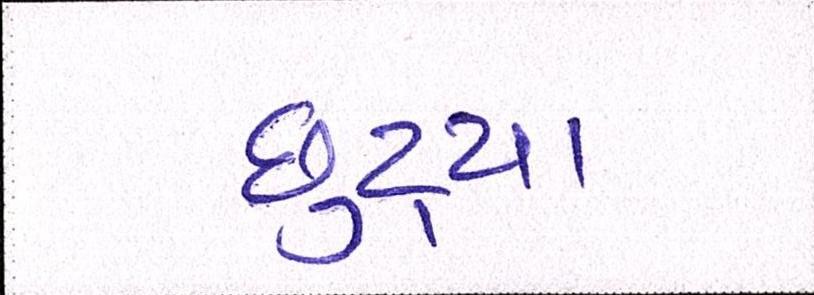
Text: છુટ્યા